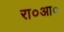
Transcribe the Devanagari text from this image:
रा०आ०